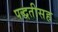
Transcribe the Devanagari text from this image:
पद्धतीसह